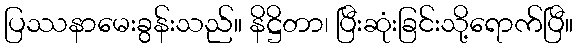
ပြဿနာမေးခွန်းသည်။ နိဋ္ဌိတာ၊ ပြီးဆုံးခြင်းသို့ရောက်ပြီ။